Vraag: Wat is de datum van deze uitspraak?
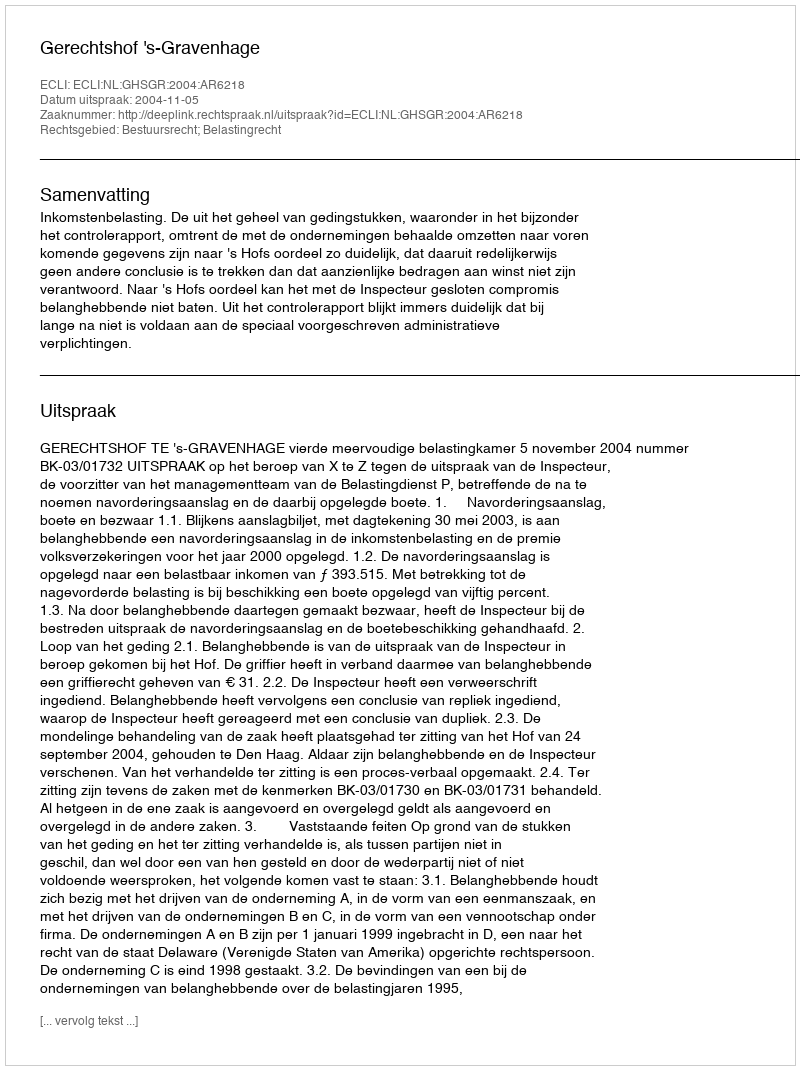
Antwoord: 2004-11-05